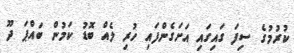
ކުރުމުގެ ސިފަ ގައިގައި އަށަގެންފައި ހުރި ލެއް ބޮޑު ކަމުން ބައްޕަ ދޫ